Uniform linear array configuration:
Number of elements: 64
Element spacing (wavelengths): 1
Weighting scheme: exponential
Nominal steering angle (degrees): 30
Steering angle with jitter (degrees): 29.121
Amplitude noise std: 0.05
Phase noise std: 0.05

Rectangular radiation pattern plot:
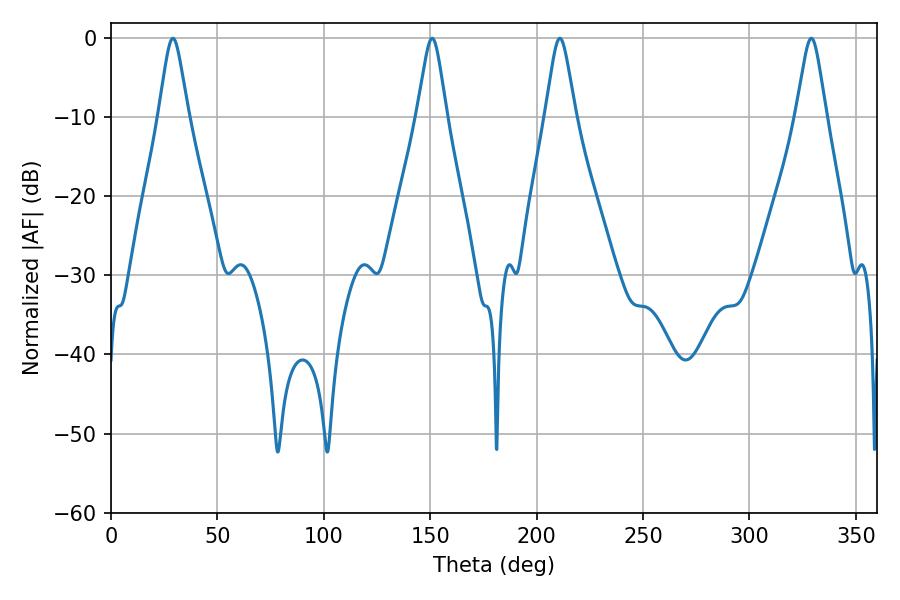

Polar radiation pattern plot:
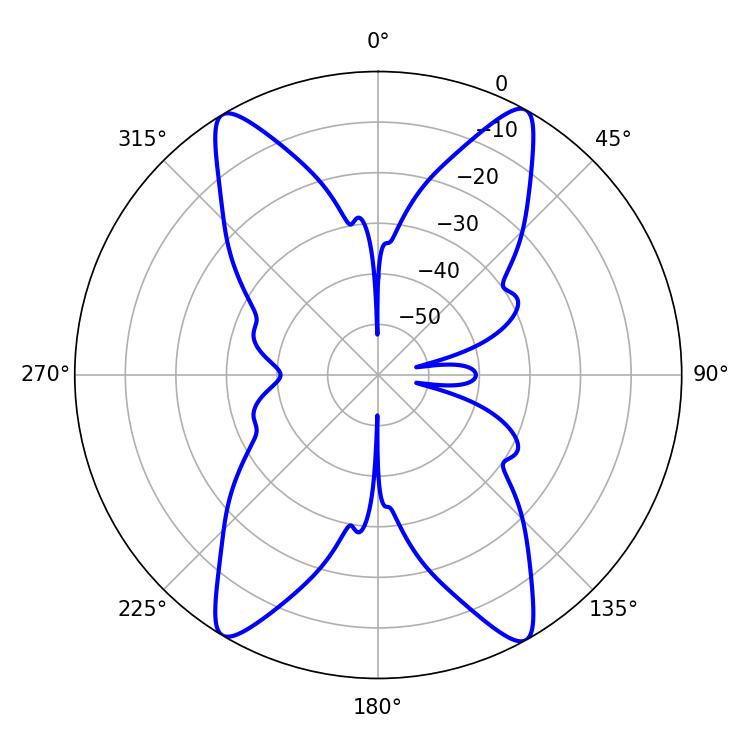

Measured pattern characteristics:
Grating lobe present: TRUE
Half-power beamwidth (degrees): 6.84
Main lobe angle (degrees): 210.96